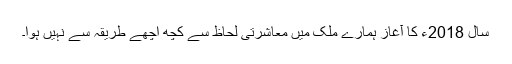
سال 2018ء کا آغاز ہمارے ملک میں معاشرتی لحاظ سے کچھ اچھے طریقہ سے نہیں ہوا۔